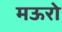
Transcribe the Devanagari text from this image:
मऊरो